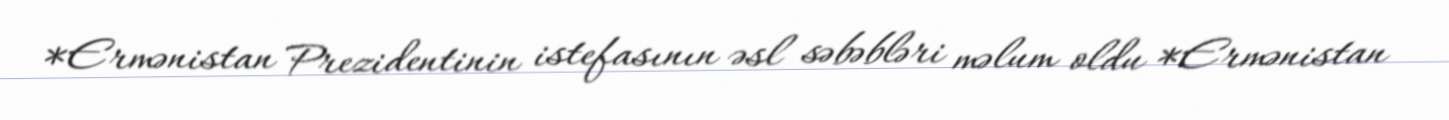
*Ermənistan Prezidentinin istefasının əsl səbəbləri məlum oldu *Ermənistan